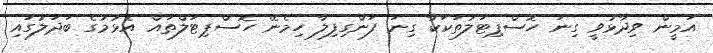
އަމީން ވިދާޅުވީ ގިނަ ހޮސްޕިޓަލުތަކަކާ ގިނަ ފަންގިފިލާ ހިމެނޭ ހޮސްޕިޓަލްތައް އެޅުމުގެ ބަދަލުގައި